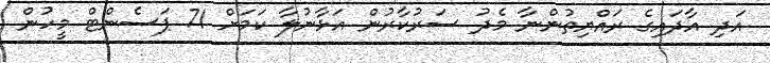
އަދި އާދައިގެ ރައްޔިތުންނާ މެދު ސަރުކާރުން އަޅާނުލާ ކަމަށް 71 ޕަސެންޓް މީހުން